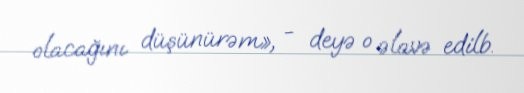
olacağını düşünürəm», - deyə o əlavə edilb.